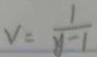
v = \frac { 1 } { y - 1 }